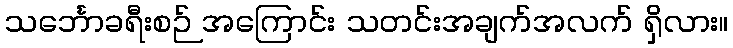
သင်္ဘောခရီးစဉ် အကြောင်း သတင်းအချက်အလက် ရှိလား။